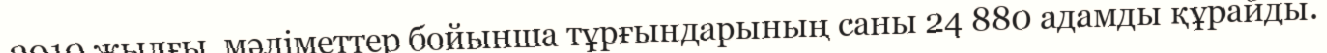
2010 жылғы  мәліметтер бойынша тұрғындарының саны 24 880 адамды құрайды.